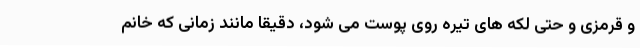
و قرمزی و حتی لکه های تیره روی پوست می شود، دقیقا مانند زمانی که خانم